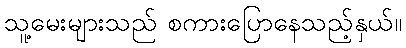
သူ့မေးများသည် စကားပြောနေသည့်နှယ်။